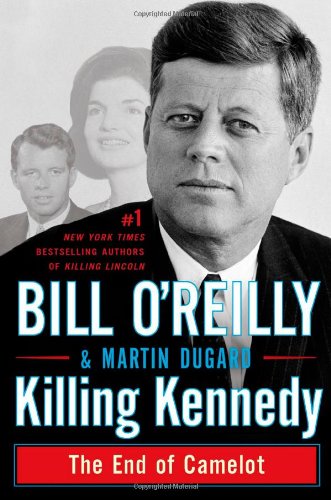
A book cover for Killing Kennedy: The End of Camelot; Bill O'Reilly; Biographies & Memoirs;